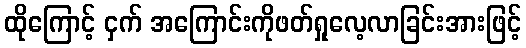
ထိုကြောင့် ငှက် အကြောင်းကိုဖတ်ရှုလေ့လာခြင်းအားဖြင့်